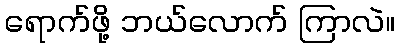
ရောက်ဖို့ ဘယ်လောက် ကြာလဲ။